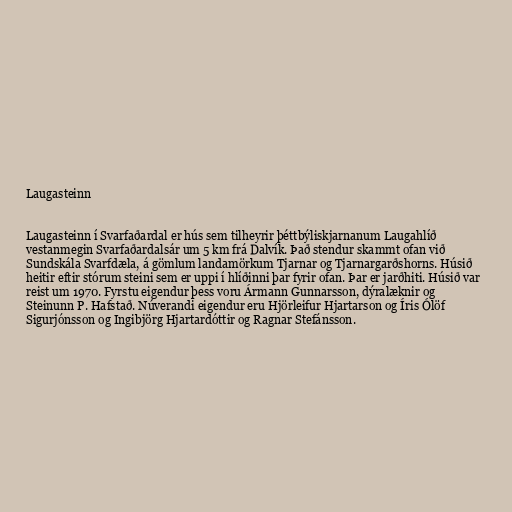
Laugasteinn

Laugasteinn í Svarfaðardal er hús sem tilheyrir þéttbýliskjarnanum Laugahlíð
vestanmegin Svarfaðardalsár um 5 km frá Dalvík. Það stendur skammt ofan við
Sundskála Svarfdæla, á gömlum landamörkum Tjarnar og Tjarnargarðshorns. Húsið
heitir eftir stórum steini sem er uppi í hlíðinni þar fyrir ofan. Þar er jarðhiti. Húsið var
reist um 1970. Fyrstu eigendur þess voru Ármann Gunnarsson, dýralæknir og
Steinunn P. Hafstað. Núverandi eigendur eru Hjörleifur Hjartarson og Íris Ólöf
Sigurjónsson og Ingibjörg Hjartardóttir og Ragnar Stefánsson.